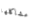
مشاكلها